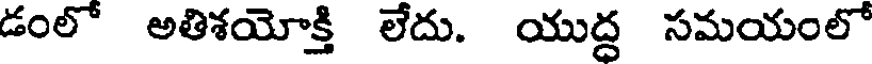
డంలో అతిశయోక్తి లేదు. యుద్ద సమయంలో